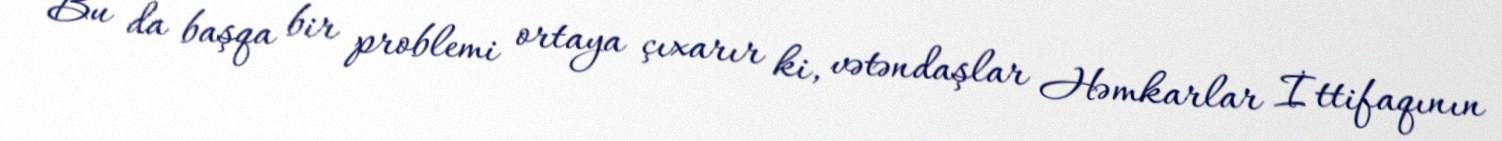
Bu da başqa bir problemi ortaya çıxarır ki, vətəndaşlar Həmkarlar İttifaqının